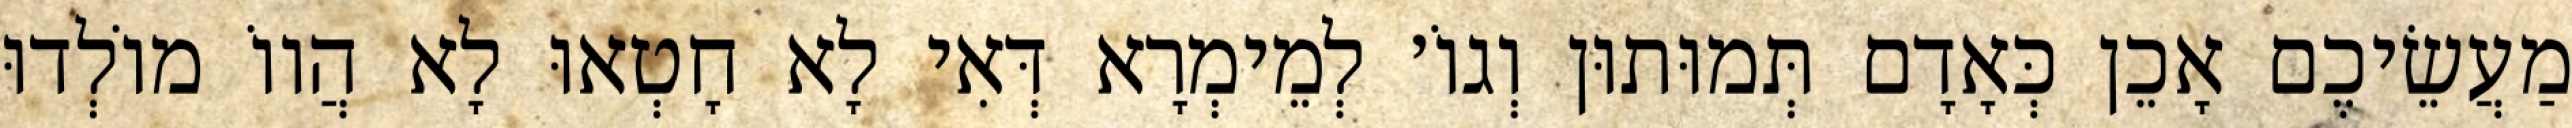
מַעֲשֵׂיכֶם אָכֵן כְּאָדָם תְּמוּתוּן וְגוֹ׳ לְמֵימְרָא דְּאִי לָא חָטְאוּ לָא הֲווֹ מוֹלְדוּ